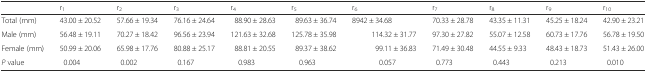
<table><thead><tr><td></td><td><b>r<sub>1</sub></b></td><td><b>r<sub>2</sub></b></td><td><b>r<sub>3</sub></b></td><td><b>r<sub>4</sub></b></td><td><b>r<sub>5</sub></b></td><td><b>r<sub>6</sub></b></td><td><b>r<sub>7</sub></b></td><td><b>r<sub>8</sub></b></td><td><b>r<sub>9</sub></b></td><td><b>r<sub>10</sub></b></td></tr></thead><tbody><tr><td>Total (mm)</td><td>43.00 ± 20.52</td><td>57.66 ± 19.34</td><td>76.16 ± 24.64</td><td>88.90 ± 28.63</td><td>89.63 ± 36.74</td><td>8942 ± 34.68</td><td>70.33 ± 28.78</td><td>43.35 ± 11.31</td><td>45.25 ± 18.24</td><td>42.90 ± 23.21</td></tr><tr><td>Male (mm)</td><td>56.48 ± 19.11</td><td>70.27 ± 18.42</td><td>96.56 ± 23.94</td><td>121.63 ± 32.68</td><td>125.78 ± 35.98</td><td>114.32 ± 31.77</td><td>97.30 ± 27.82</td><td>55.07 ± 12.58</td><td>60.73 ± 17.76</td><td>56.78 ± 19.50</td></tr><tr><td>Female (mm)</td><td>50.99 ± 20.06</td><td>65.98 ± 17.76</td><td>80.88 ± 25.17</td><td>88.81 ± 20.55</td><td>89.37 ± 38.62</td><td>99.11 ± 36.83</td><td>71.49 ± 30.48</td><td>44.55 ± 9.33</td><td>48.43 ± 18.73</td><td>51.43 ± 26.00</td></tr><tr><td><i>P</i> value</td><td>0.004</td><td>0.002</td><td>0.167</td><td>0.983</td><td>0.963</td><td>0.057</td><td>0.773</td><td>0.443</td><td>0.213</td><td>0.010</td></tr></tbody></table>